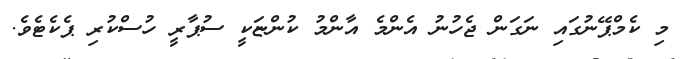
މި ކެމްޕޭނުގައި ނަގަން ޖެހުނު އެންމެ އާންމު ކުންޏަކީ ސުޕާރީ ހުސްކުރި ޕެކެޓެވެ.